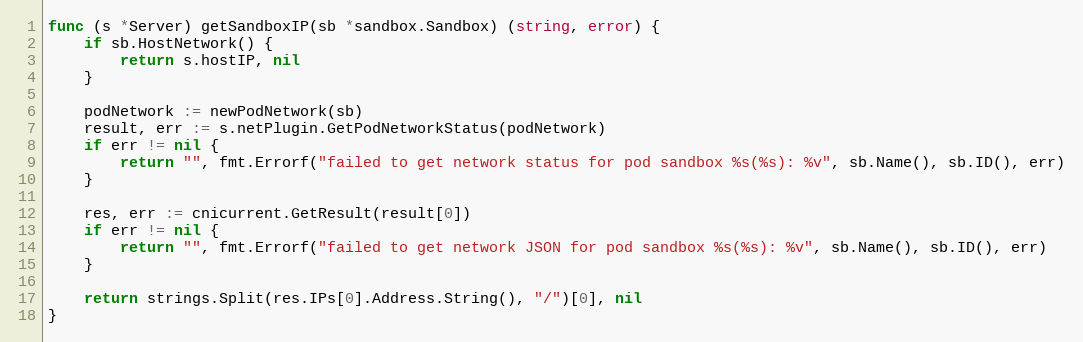
Language: Go
func (s *Server) getSandboxIP(sb *sandbox.Sandbox) (string, error) {
	if sb.HostNetwork() {
		return s.hostIP, nil
	}

	podNetwork := newPodNetwork(sb)
	result, err := s.netPlugin.GetPodNetworkStatus(podNetwork)
	if err != nil {
		return "", fmt.Errorf("failed to get network status for pod sandbox %s(%s): %v", sb.Name(), sb.ID(), err)
	}

	res, err := cnicurrent.GetResult(result[0])
	if err != nil {
		return "", fmt.Errorf("failed to get network JSON for pod sandbox %s(%s): %v", sb.Name(), sb.ID(), err)
	}

	return strings.Split(res.IPs[0].Address.String(), "/")[0], nil
}